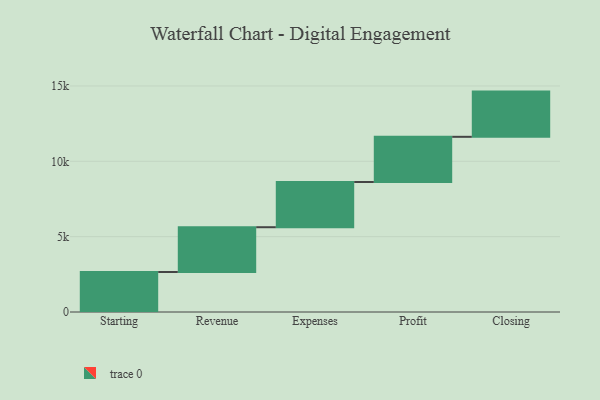
{"axis": {"x": "Step", "y": "Value"}, "legend": [""], "data": [{"x": "Starting", "y": 2656.0, "type": ""}, {"x": "Revenue", "y": 2970.0, "type": ""}, {"x": "Expenses", "y": 3000, "type": ""}, {"x": "Profit", "y": 3000, "type": ""}, {"x": "Closing", "y": 3000, "type": ""}]}